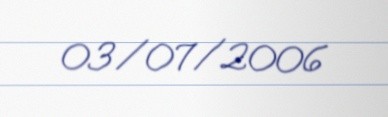
03/07/2006